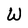
Character: W